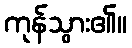
ကုန်သွား၏။